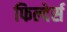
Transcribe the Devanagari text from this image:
फिल्देर्स